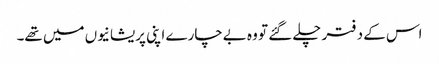
اس کے دفتر چلے گئے تو وہ بےچارے اپنی پریشانیوں میں تھے۔